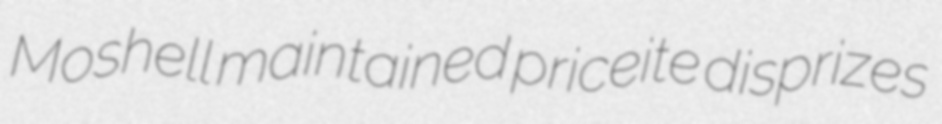
Moshell maintained priceite disprizes